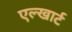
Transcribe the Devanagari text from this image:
एल्खार्ट